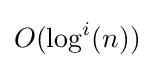
O(\log ^{i}(n))